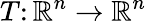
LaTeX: T\colon\mathbb{R}^{n}\to\mathbb{R}^{n}